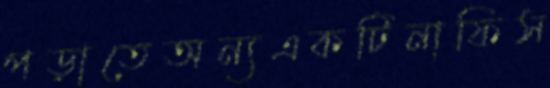
পড়াতেঅন্যএকটিনাফিস